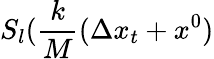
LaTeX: S_{l}(\frac{k}{M}(\Delta x_{t}+x^{0})